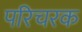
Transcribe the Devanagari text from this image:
परिचरक